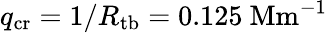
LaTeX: q_{\mathrm{cr}}=1/R_{\mathrm{tb}}=0.125\ \mathrm{Mm}^{-1}